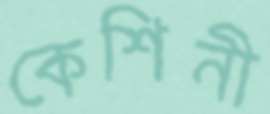
কেশিনী